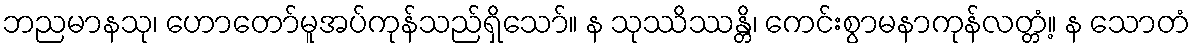
ဘညမာနသု၊ ဟောတော်မူအပ်ကုန်သည်ရှိသော်။ န သုဿိဿန္တိ၊ ကေင်းစွာမနာကုန်လတ္တံ့။ န သောတံ